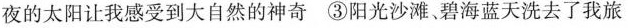
夜的太阳让我感受到大自然的神奇 ③阳光沙滩、碧海蓝天洗去了我旅